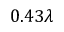
0 . 4 3 \lambda